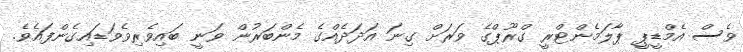
ވެސް އެމްޑީޕީ ޕާލަމެންޓްރީ ގްރޫޕްގެ ވަރަށް ގިނަ އަދަދެއްގެ މެންބަރުން ވަނީ ބައިވެރިވެވަޑައިގެންފައެވެ.